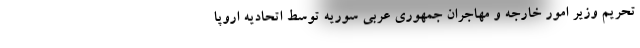
تحریم وزیر امور خارجه و مهاجران جمهوری عربی سوریه توسط اتحادیه اروپا